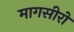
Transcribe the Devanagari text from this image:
मागसीरो